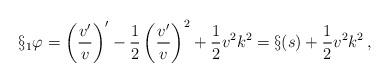
LaTeX: \begin{align*}\S_1\varphi = \left(\frac{v'}{v}\right)' - \frac12\left(\frac{v'}{v}\right)^2+ \frac12 v^2 k^2 = \S(s) + \frac12 v^2 k^2\,,\end{align*}